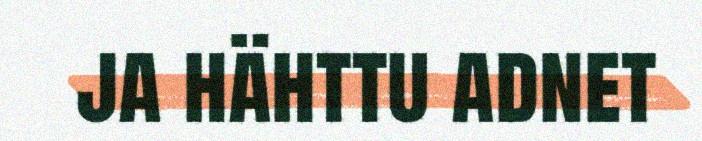
ja hähttu adnet